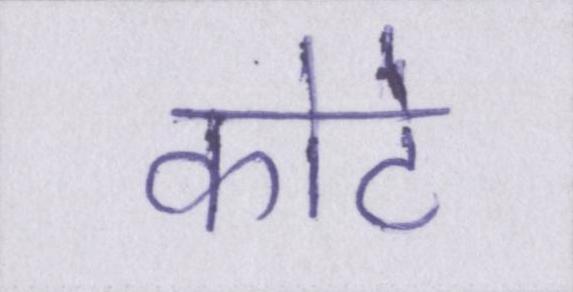
कोटे